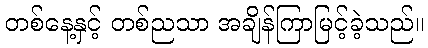
တစ်နေ့နှင့် တစ်ညသာ အချိန်ကြာမြင့်ခဲ့သည်။